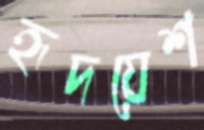
হৃদয়েশ